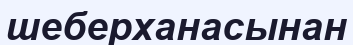
шеберханасынан